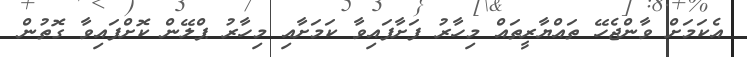
އެކަމަށް ވާންޖެހޭ ތައްޔާރީތައް މިހާރު ފަށާފައިވާ ކަމަށާއި މިހާރު ޕްލޭން ކޮށްފައިވާ ގޮތުން